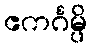
ဧကင်္ဂမ္ပိ